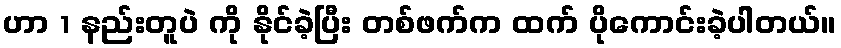
ဟာ 1 နည်းတူပဲ ကို နိုင်ခဲ့ပြီး တစ်ဖက်က ထက် ပိုကောင်းခဲ့ပါတယ်။